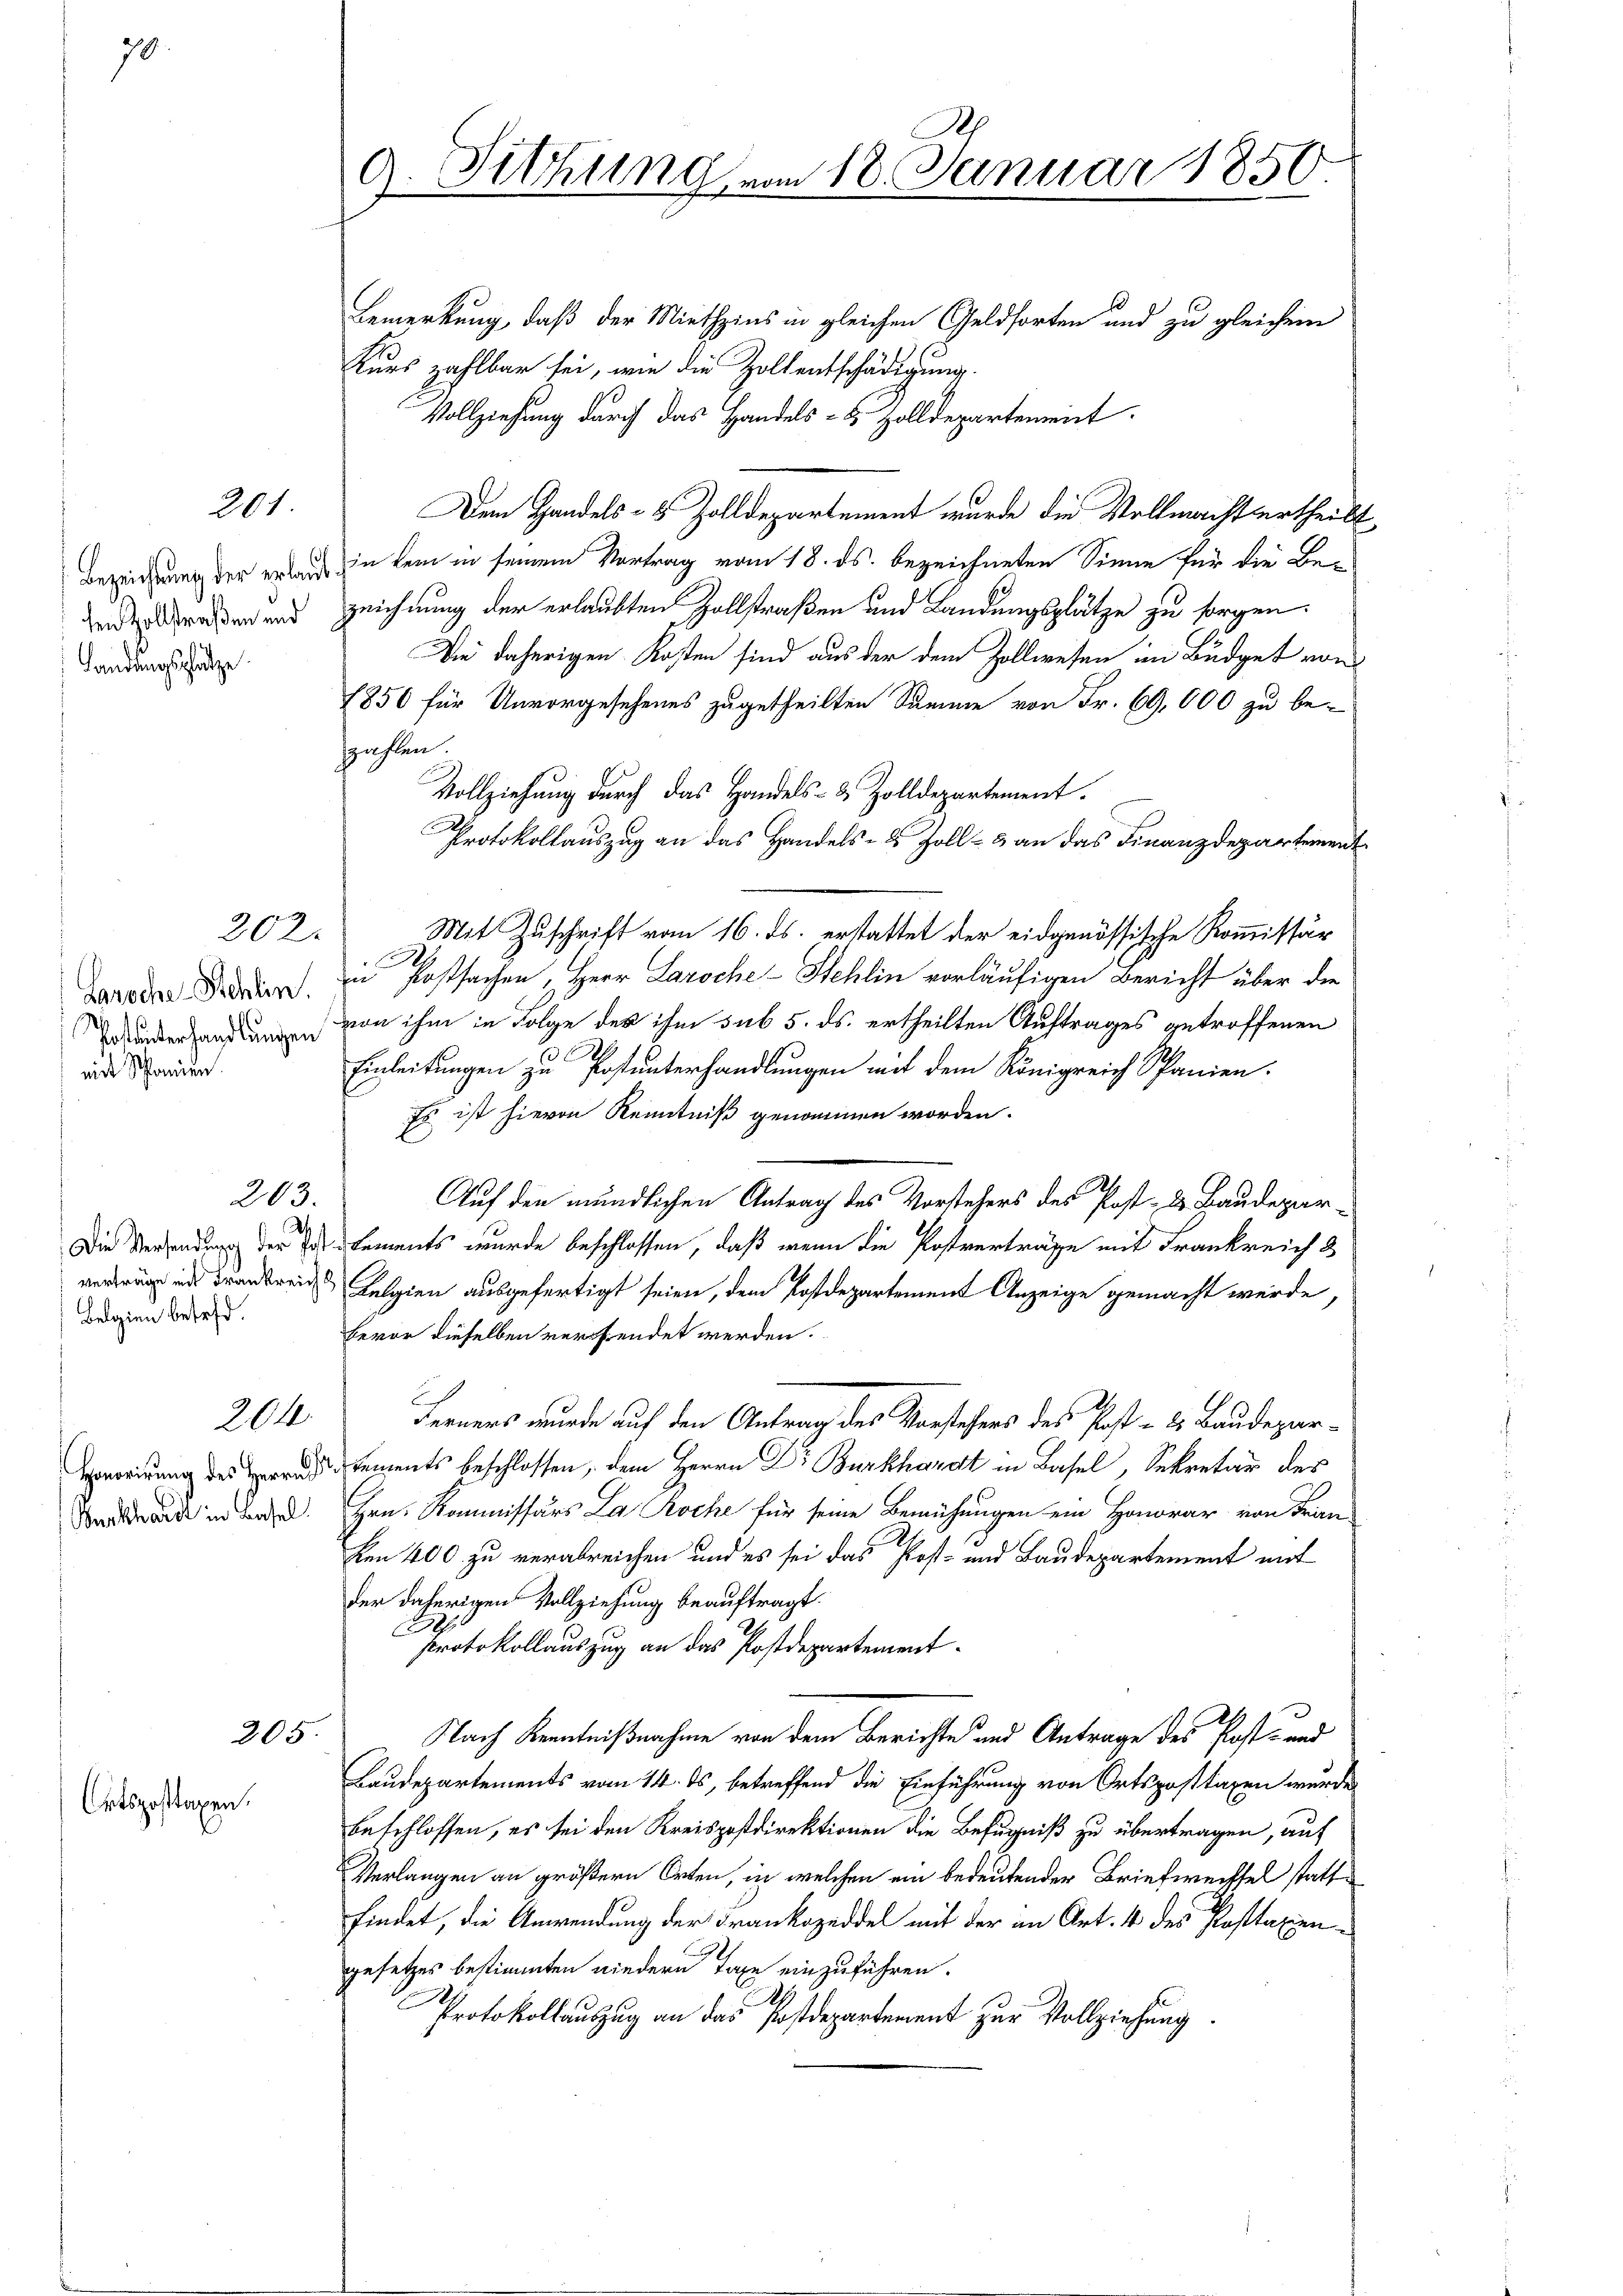
9

201

Bezeichtung der erlaub
sen Zollstraßen und
andungsplatze.

Garoche Schlin.
mit Schanien.

202.

203.

verträge mit Frankreich
Belgien betreff.

204.

Honorirung des Herrn
Burkhardt in Basel

205
Ortsposttaxen.

s

9. Sitzung vom 18. Januar 1850.

Bemerkung, daß der Miethzins in gleichen Geldforten und zu gleichem
Kurs zahlbar sei, wie die Zollentschädigung.
Vollziehung durch das Handels- & Zolldepartement
Dem Handels- & Zolldepartement wurde die Vollmachtertheilt,
in dem in seinem Vortrag vom 18. ds. bezeichneten Sinne für die Be-
zeichnung der erlaubten Zollstraßen und Landungsplätze zu sorgen.
Die daherigen Kosten sind aus der dem Zollwesen im Budget von
1850 für Unvorgesehenes zugetheilten Summe von Fr. 69,000 zu bezahlen.
Vollziehung durch das Handels- & Zolldepartement.
Protokollauszug an das Handels- & Zoll- & an das Finanzdepartement
Mit Zuschrift vom 16. ds. erstattet der eidgenössische Kommissär
in Postsachen, Herr Laroche-Stehlin vorläufigen Bericht über die
 von ihm in Folge des ihm sub 5. ds. ertheilten Auftrages getroffenen
Einleitungen zu Postunterhandlungen mit dem Königreich Spanien.
Es ist hievon Kenntniß genommen worden.
Auf den mündlichen Antrag des Vorstehers des Post- & Baudepar-
Die Versendung der Telements wurde beschlossen, daß wenn die Postverträge mit Frankreich 3
Kelgien ausgefertigt seien, dem Postdepartement Anzeige gemacht werde,
bevor dieselben verfendet werden.
Ferners wurde auf den Antrag des Vorstehers des Post - es Baudepartements beschlossen, dem Herrn Dr Burkhardt in Basel, Sekretär des
Hrn. Kommissärs La Roche für seine Bemühungen ein Honorar von Fran
Ven 400 zu verabreichen und es sei das Post- und Baudepartement mit
der daherigen Vollziehung beauftragt.
.
Protokollauszug an das Postdepartement¬
Nach Kenntnißnahme von dem Berichte und Antrage des Post- und
Baudepartements vom 14. ds, betreffend die Einführung von Ortsposttaxen wurde.
beschlossen, es sei den Kreispostdirektionen die Befugniß zu übertragen, auf
Verlangen an größern Orten, in welchen ein bedeutender Briefweissel stattfindet, die Anwendung der Frankozeddel mit der an Art. 4 des Posttaxengesetzes bestimmten niedern Taxe einzuführen.
.
Protokollauszug an das Postdepartement zur Vollziehung.